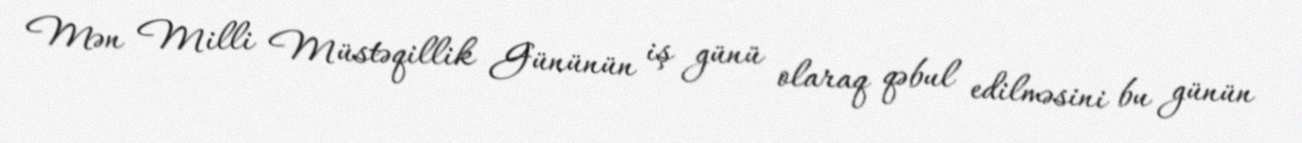
Mən Milli Müstəqillik Gününün iş günü olaraq qəbul edilməsini bu günün